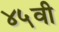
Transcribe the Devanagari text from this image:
४५वी